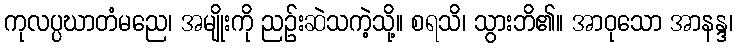
ကုလပ္ပဃာတံမညေ၊ အမျိုးကို ညဉ်းဆဲသကဲ့သို့။ စရသိ၊ သွားဘိ၏။ အာဝုသော အာနန္ဒ၊